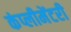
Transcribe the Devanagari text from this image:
कंप्लीमेंटरी